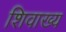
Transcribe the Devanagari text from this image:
शिवाख्य